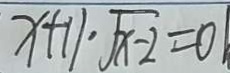
x + 1 1 \cdot \sqrt { x - 2 } = 0